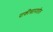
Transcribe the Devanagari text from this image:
पाकीस्तानातील